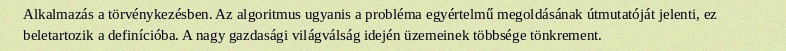
Alkalmazás a törvénykezésben. Az algoritmus ugyanis a probléma egyértelmű megoldásának útmutatóját jelenti, ez beletartozik a definícióba. A nagy gazdasági világválság idején üzemeinek többsége tönkrement.